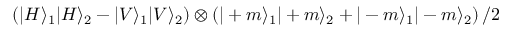
\left( | H \rangle _ { 1 } | H \rangle _ { 2 } - | V \rangle _ { 1 } | V \rangle _ { 2 } \right) \otimes \left( | + m \rangle _ { 1 } | + m \rangle _ { 2 } + | - m \rangle _ { 1 } | - m \rangle _ { 2 } \right) / 2